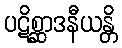
ပဋိစ္ဆာဒနီယန္တိ